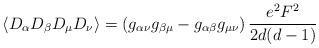
LaTeX: \begin{align*}\langle D_\alpha D_\beta D_\mu D_\nu \rangle=\left(g_{\alpha\nu}g_{\beta\mu}-g_{\alpha\beta}g_{\mu\nu}\right)\frac{e^2F^2}{2d(d-1)}\end{align*}